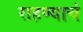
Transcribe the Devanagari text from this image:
राहण्याचं